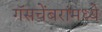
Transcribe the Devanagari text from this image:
गॅसचेंबरांमध्ये